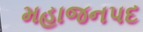
મહાજનપદ